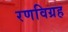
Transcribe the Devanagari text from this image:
रणविग्रह